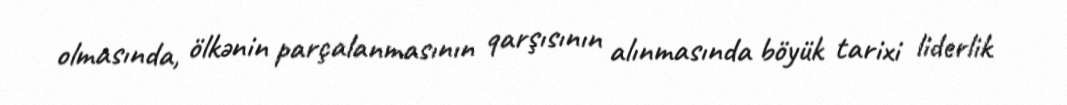
olmasında, ölkənin parçalanmasının qarşısının alınmasında böyük tarixi liderlik